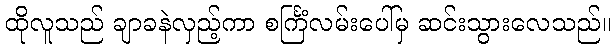
ထိုလူသည် ချာခနဲလှည့်ကာ စင်္ကြံလမ်းပေါ်မှ ဆင်းသွားလေသည်။